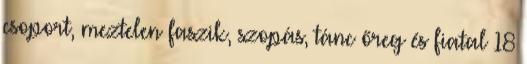
csoport, meztelen faszik, szopás, tánc őreg és fiatal 18